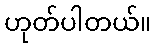
ဟုတ်ပါတယ်။